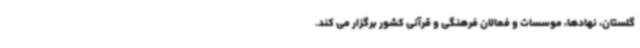
گلستان، نهادها، موسسات و فعالان فرهنگی و قرآنی کشور برگزار می کند.